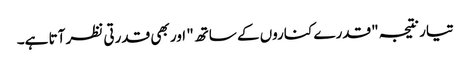
تیار نتیجہ "قدرے کناروں کے ساتھ" اور بھی قدرتی نظر آتا ہے۔